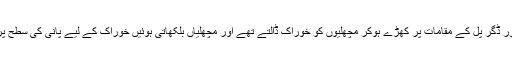
لوگ ٹانگو پُل اور ڈگر پُل کے مقامات پر کھڑے ہوکر مچھلیوں کو خوراک ڈالتے تھے اور مچھلیاں بلکھاتی ہوئیں خوراک کے لیے پانی کی سطح پر آیا کرتی تھیں۔